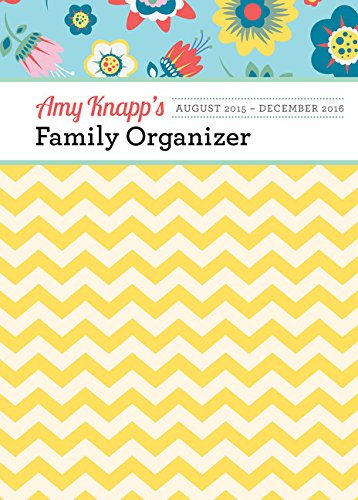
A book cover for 2016 Amy Knapp Family Organizer; Amy Knapp; Calendars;